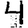
Digit: 4